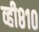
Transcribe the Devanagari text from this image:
व्ही८१०